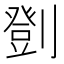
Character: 㔁